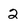
Character: 2